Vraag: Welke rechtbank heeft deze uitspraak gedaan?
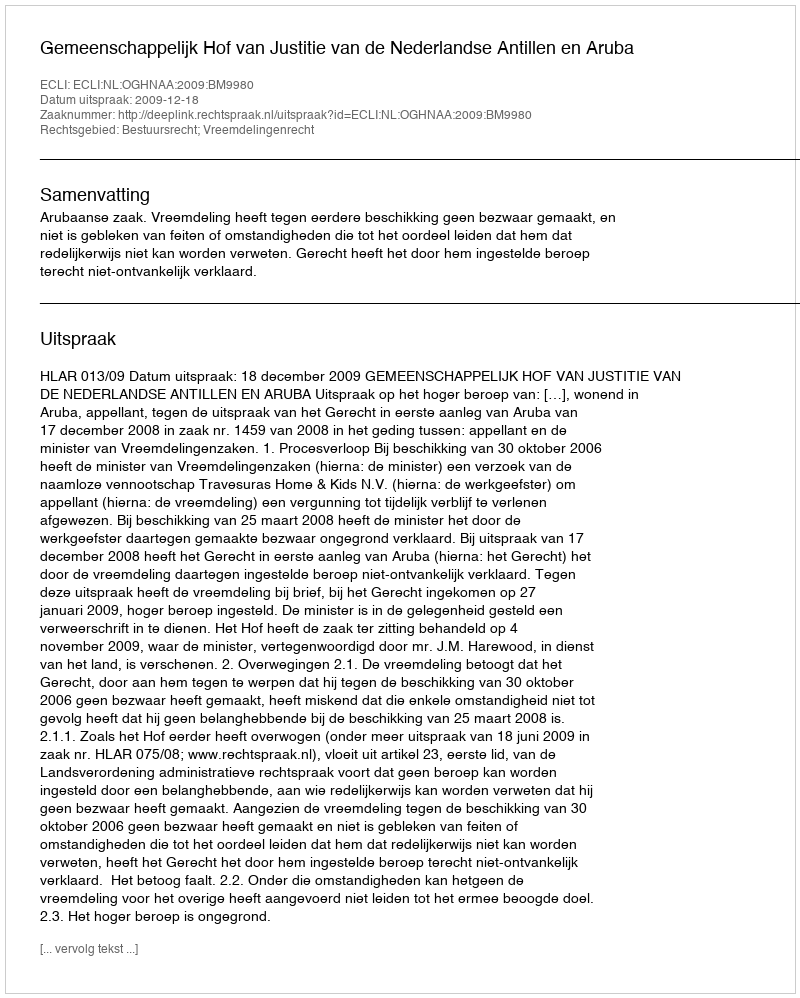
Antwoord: Gemeenschappelijk Hof van Justitie van de Nederlandse Antillen en Aruba